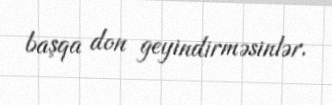
başqa don geyindirməsinlər.